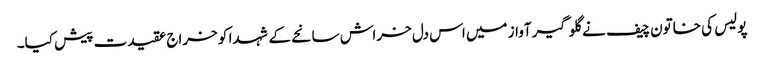
پولیس کی خاتون چیف نے گلوگیر آواز میں اس دل خراش سانحے کے شہدا کو خراج عقیدت پیش کیا۔